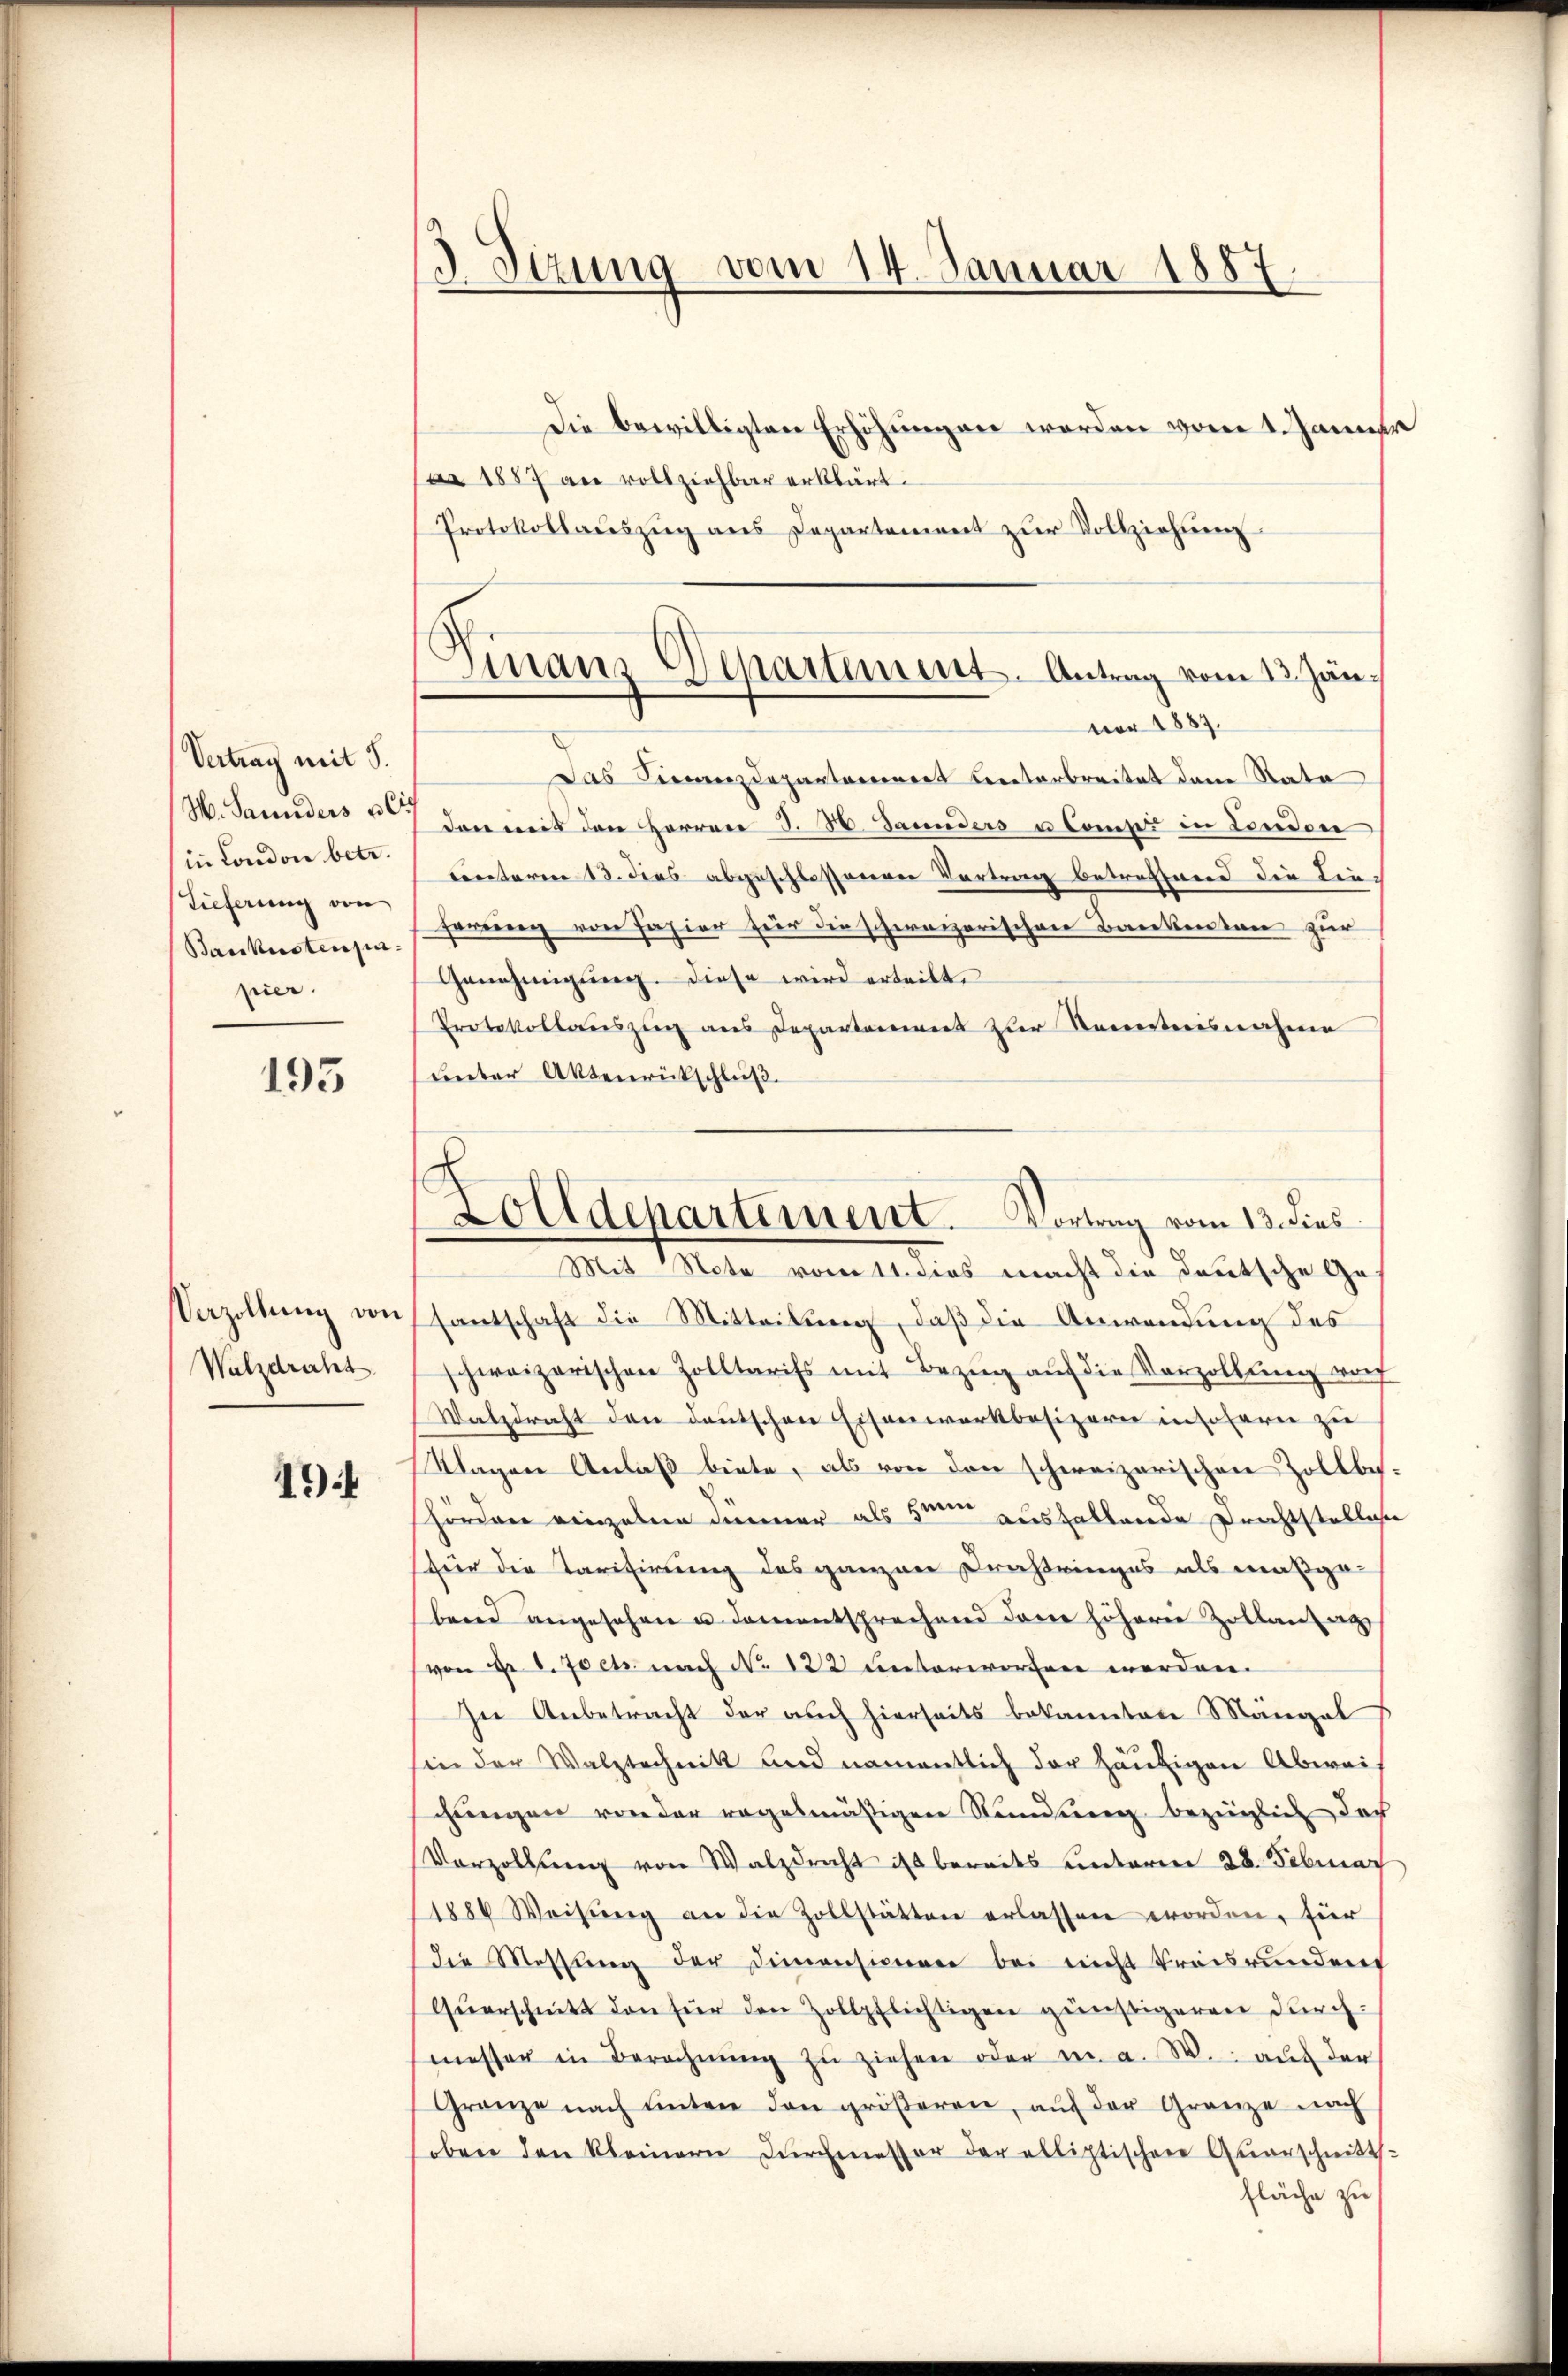
Vertrag mit 5.
W. Sannders u. C
in London betr.
Tieferung von
Baukostensin
pier.

193

Vozollung von
Waldraht

19

ar 1887 an vollziehbar erklärt.
Protokollauszug aus Departement zur Vollziehung

Sizung vom 14. Januar 1887.
Die bewilligten Erhöhungen worden vom 1. Januar

s
Finanz-Departement-Antrag vom 13. Jänvor 1889.

Das Finanzdepartareinert Leiterbreitet den Rata
don mit den Herren S. 3. Jannders u. Camp in London
Lnterm 13. dies abgeschlossenen Vertrag betreffend die Lie-
Farrung von Jahier für die schweizerischen Bankenten zur
Genehmigung. Diese wird erteilt.
Protokollauszug aus Departement zur Kenntnisnahme
Lnter Aktenrückschluß.
santschaft die Mitteilung, daß die Anwendung des
schweizerischen Zolltarifs mit Bezug auf die Vorzollung vorh
Walzdraht den deutschen Eisenwerkbesizern insofern zu
Klagen Anlaß biete, als von den schweizerischen Zollbeshörden einzelne dünner als Heim aushaltende Prechtstellen
für die Tarifirung des ganzen Drahtringes als maßgebried angesehen u. Damentsprechend dem höherer Zollantag
von d. d. Joch nach No. 122 unterworfen werden.
In Anbetracht der auch hierseits bekannten Mängel
hin der Walztechnik und namentlich der häufigen Abwei-
chungen von der regelmäßigen Sandlung bezüglich doch
Vorzollŭng von Walzdracht ist bereits unterren 28. Februar
1886 Weisŭng an die Zollstätten erlassen worden, für
die Messŭng der Dimensionen bei nicht treisrundeng
Qŭerschnitt den für den Zollpflichtigen günstigeren durch-
messer in Berechnŭng zŭ ziehen oder in a. W. auf der
Granze nach unter den gröβeren, aŭf der Gränze nach
oben den kleinern dŭrchmesser der allistischen Quarschnitts-
fläche zu

Zolldepartement. Vortrag vom 13. dies
Mit Note vom 11. dies macht die deutsche Ge¬